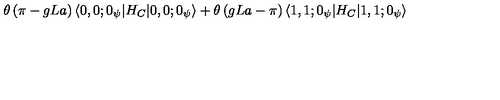
\theta \left( \pi - g L a \right) \langle 0 , 0 ; 0 _ { \psi } | H _ { C } | 0 , 0 ; 0 _ { \psi } \rangle + \theta \left( g L a - \pi \right) \langle 1 , 1 ; 0 _ { \psi } | H _ { C } | 1 , 1 ; 0 _ { \psi } \rangle